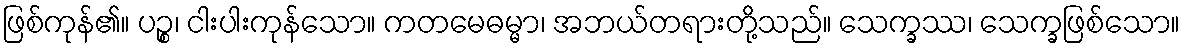
ဖြစ်ကုန်၏။ ပဉ္စ၊ ငါးပါးကုန်သော။ ကတမေဓမ္မာ၊ အဘယ်တရားတို့သည်။ သေက္ခဿ၊ သေက္ခဖြစ်သော။